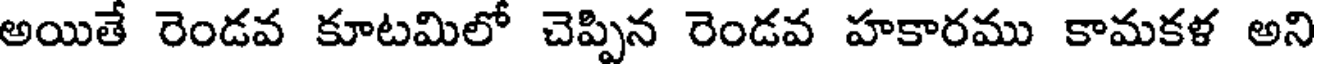
అయితే రెండవ కూటమిలో చెప్పిన రెండవ హకారము కామకళ అని